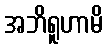
အဘိရူဟာမိ